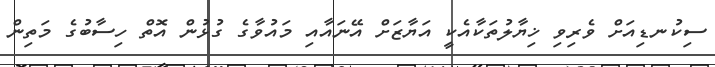
ސިކުނޑިއަށް ވެރިވި ޚިޔާލުތަކާއެކީ އަޔާޒަށް އޭނައާއި މައުވާގެ ގުޅުން އޮތް ހިސާބުގެ މަތިން